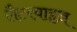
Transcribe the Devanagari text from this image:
लैटरवाइज़